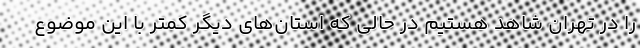
را در تهران شاهد هستیم در حالی‌ که استان‌های دیگر کمتر با این موضوع